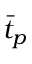
\bar { t } _ { p }